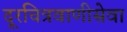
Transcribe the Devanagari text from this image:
दूरचित्रवाणीसेवा